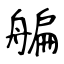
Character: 艑